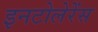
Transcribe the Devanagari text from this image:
इनटोलेरेंस